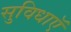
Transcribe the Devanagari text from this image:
सुविधाऍ